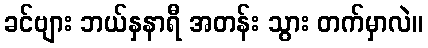
ခင်ဗျား ဘယ်နှနာရီ အတန်း သွား တက်မှာလဲ။